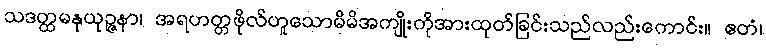
သဒတ္ထမနုယုဉ္ဇနာ၊ အရဟတ္တဖိုလ်ဟူသောမိမိအကျိုးကိုအားထုတ်ခြင်းသည်လည်းကောင်း။ ဧတံ၊